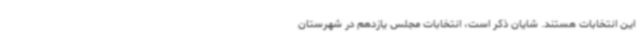
این انتخابات هستند. شایان ذکر است، انتخابات مجلس یازدهم در شهرستان